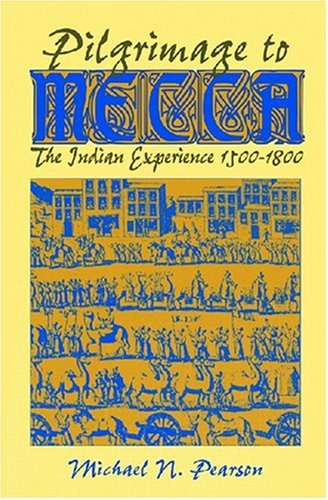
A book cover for Pilgrimage to Mecca: The Indian Experience, 1500-1800 (World History); M. N. Pearson; Religion & Spirituality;